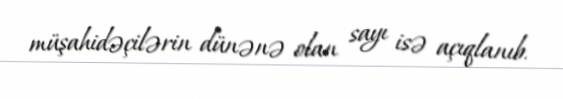
müşahidəçilərin dünənə olan sayı isə açıqlanıb.